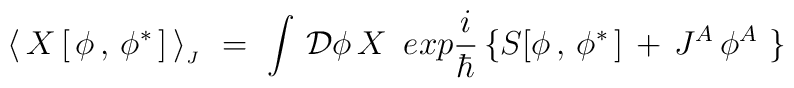
\langle \, X\,[\,\phi\,,\,\phi^\ast\,]\,\rangle_{_J}\,\,=\, \,\int\,{\cal D}\phi \,X\,\,\,exp {i\over \hbar}\,\{ S[\phi\,,\,\phi^\ast \,] \,+\,J^A\,\phi^A \,\,\}